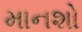
માનશો